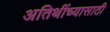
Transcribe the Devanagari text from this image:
अतिथींच्यासाठी